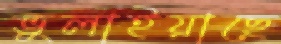
ভুলাইয়াছে